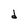
Character: d